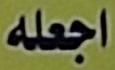
اجعله